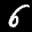
Label: 6